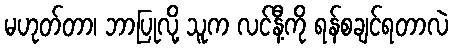
မဟုတ်တာ၊ ဘာပြုလို့ သူက လင်နီ့ကို ရန်စချင်ရတာလဲ